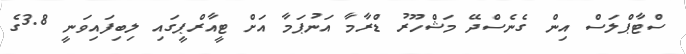
ސްޓާޕްލަސް އިން ގެނެސްދޭ މަޝްހޫރު ޑްރާމާ އަނުޕަމާ އަށް ޓީއާރްޕީގައި ލިބިފައިވަނީ 3.8ގެ